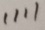
1 1 1 1